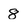
Character: 8